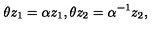
\theta z _ { 1 } = \alpha z _ { 1 } , \theta z _ { 2 } = \alpha ^ { - 1 } z _ { 2 } ,